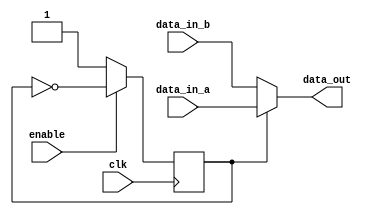
module clk_mux(
	data_in_a, 
	data_in_b, 
	clk, 
//	reset, 
	enable, 
	data_out
);

parameter 	N = 8;

input 	[N-1:0]	 	data_in_a;
input 	[N-1:0]	 	data_in_b;
input 				clk; 
//input 				reset;
input 				enable;
output 	[N-1:0] 		data_out;

reg 				state;
reg 	[N-1:0] 		data_out_reg;

always @(posedge clk)
begin
	if(enable)
	begin
		state <= ~state;
	end
	else
	begin
		state <= 1'b1;
	end
end

always @(*)
begin
	if(state)
	begin
		data_out_reg <= data_in_a;
	end
	else
	begin
		data_out_reg <= data_in_b;
	end
end

assign data_out = data_out_reg;

endmodule